Report of the Municipal Commissioner on the plague in Bombay for the year ending 31st May... - Volume 3
Disease focus: Plague
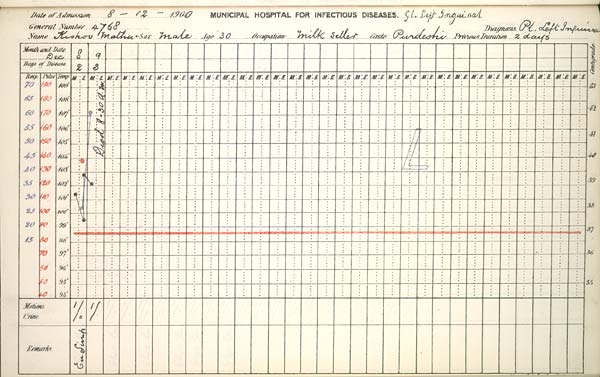
Date
of
Admission
1900
MUNICIPAL
HOSPITAL
FOR
INFECTIOUS
DISEASES.
General
Number
Diagnosis
Name
Sex
Age
Occupation
Caste
Previous
Duration